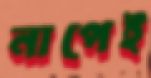
নাপেই